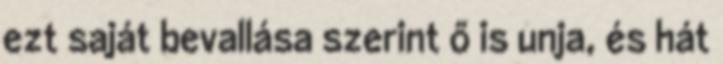
ezt saját bevallása szerint ő is unja, és hát